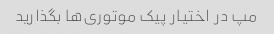
مپ در اختیار پیک موتوری‌ها بگذارید